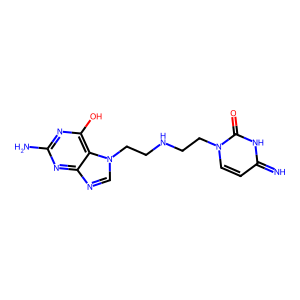
SMILES: N=c1ccn(CCNCCn2cnc3nc(N)nc(O)c32)c(=O)[nH]1
Inhibits HIV replication: No